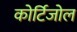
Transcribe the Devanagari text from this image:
कोर्टिजोल